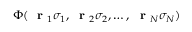
\Phi ( \mathrm { ~ \bf ~ r ~ } _ { 1 } \sigma _ { 1 } , \mathrm { ~ \bf ~ r ~ } _ { 2 } \sigma _ { 2 } , \dots , \mathrm { ~ \bf ~ r ~ } _ { N } \sigma _ { N } )